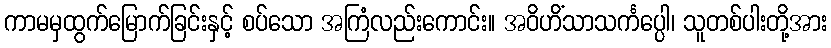
ကာမမှထွက်မြောက်ခြင်းနှင့် စပ်သော အကြံလည်းကောင်း။ အဝိဟိံသာသင်္ကပ္ပေါ၊ သူတစ်ပါးတို့အား